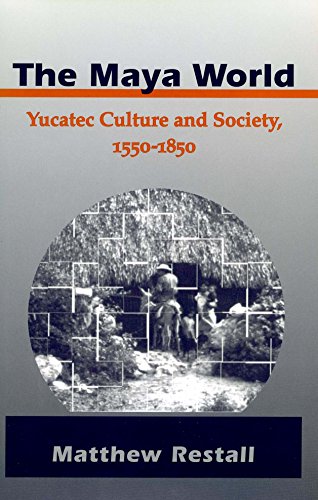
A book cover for The Maya World: Yucatec Culture and Society, 1550-1850; Matthew Restall; History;